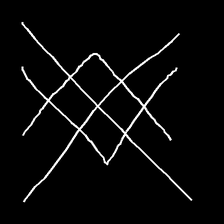
Glyph: crystal